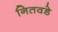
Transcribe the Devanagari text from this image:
नितवडे